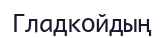
Гладкойдың